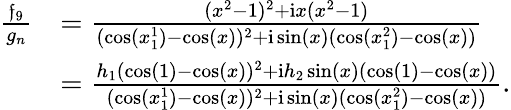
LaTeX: \begin{array}{rl}{\frac{\mathfrak{f}_{9}}{g_{n}}}&{=\frac{(x^{2}-1)^{2}+\mathrm{i}x(x^{2}-1)}{(\cos(x_{1}^{1})-\cos(x))^{2}+\mathrm{i}\sin(x)(\cos(x_{1}^{2})-\cos(x))}}\\ &{=\frac{h_{1}(\cos(1)-\cos(x))^{2}+\mathrm{i}h_{2}\sin(x)(\cos(1)-\cos(x))}{(\cos(x_{1}^{1})-\cos(x))^{2}+\mathrm{i}\sin(x)(\cos(x_{1}^{2})-\cos(x))}.}\end{array}